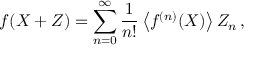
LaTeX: f ( X + Z ) = \sum _ { n = 0 } ^ { \infty } \frac { 1 } { n ! } \left\langle f ^ { ( n ) } ( X ) \right\rangle Z _ { n } \, ,